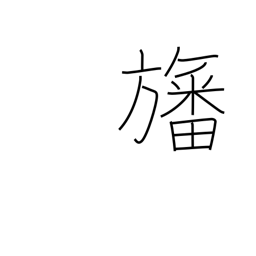
Meaning: flag